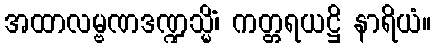
အထာလမ္ဗဏဒဏ္ဍသ္မိံ၊ ကတ္တရယဋ္ဌိ နာရိယံ။